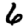
Digit: 6